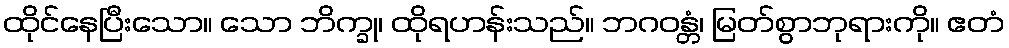
ထိုင်နေပြီးသော။ သော ဘိက္ခု၊ ထိုရဟန်းသည်။ ဘဂဝန္တံ၊ မြတ်စွာဘုရားကို။ ဧတံ